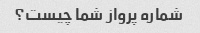
شماره پرواز شما چیست؟